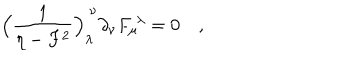
\Bigl ( { \frac { 1 } { \eta - F ^ { 2 } } } \Bigr ) _ { \lambda } ^ { \ \nu } \partial _ { \nu } F _ { \mu } ^ { \ \lambda } = 0 \quad ,